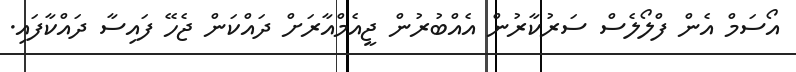
އޯސަމް އެން ފްލޯލެސް ސަރުކާރުން އެއްބުރުން ޖީއެމްއާރަށް ދައްކަން ޖެހޭ ފައިސާ ދައްކާފައި.